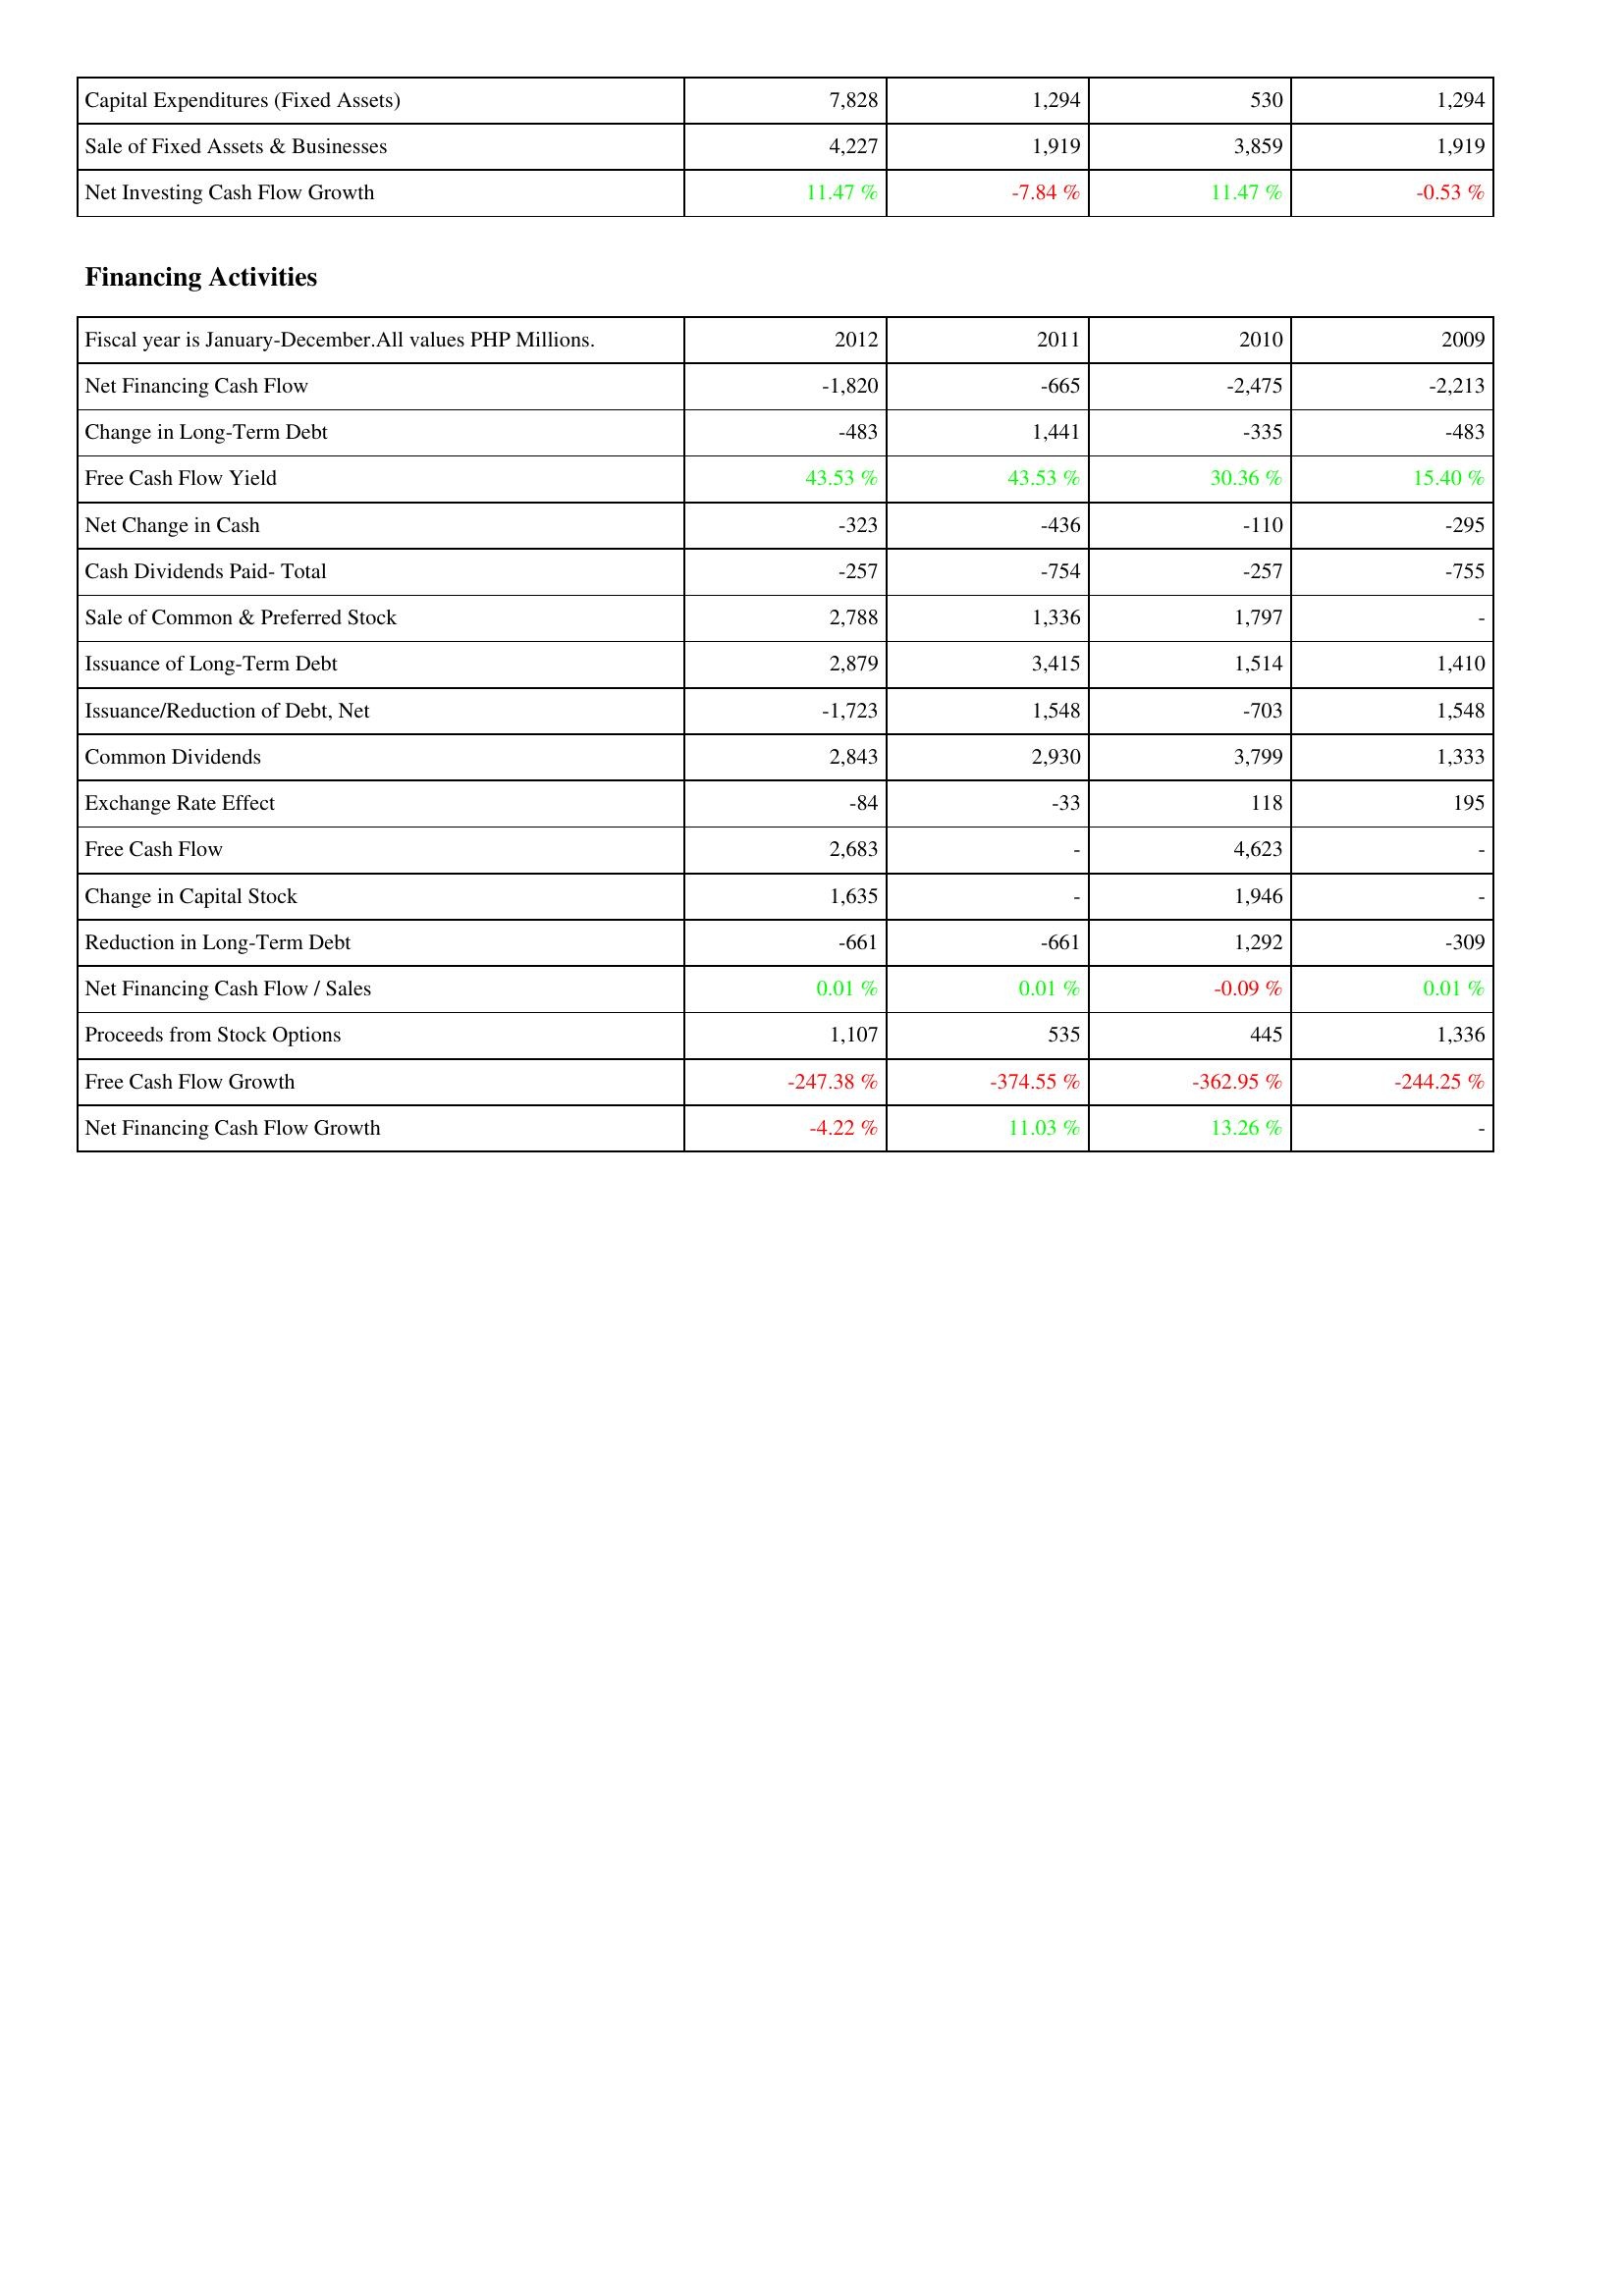
2012: Investing Activities: Capital Expenditures (Fixed Assets): 7,828
Sale of Fixed Assets & Businesses: 4,227
Net Investing Cash Flow Growth: 11.47 %
Financing Activities: Net Financing Cash Flow: -1,820
Change in Long-Term Debt: -483
Free Cash Flow Yield: 43.53 %
Net Change in Cash: -323
Cash Dividends Paid- Total: -257
Sale of Common & Preferred Stock: 2,788
Issuance of Long-Term Debt: 2,879
Issuance/Reduction of Debt, Net: -1,723
Common Dividends: 2,843
Exchange Rate Effect: -84
Free Cash Flow: 2,683
Change in Capital Stock: 1,635
Reduction in Long-Term Debt: -661
Net Financing Cash Flow / Sales: 0.01 %
Proceeds from Stock Options: 1,107
Free Cash Flow Growth: -247.38 %
Net Financing Cash Flow Growth: -4.22 %
2011: Investing Activities: Capital Expenditures (Fixed Assets): 1,294
Sale of Fixed Assets & Businesses: 1,919
Net Investing Cash Flow Growth: -7.84 %
Financing Activities: Net Financing Cash Flow: -665
Change in Long-Term Debt: 1,441
Free Cash Flow Yield: 43.53 %
Net Change in Cash: -436
Cash Dividends Paid- Total: -754
Sale of Common & Preferred Stock: 1,336
Issuance of Long-Term Debt: 3,415
Issuance/Reduction of Debt, Net: 1,548
Common Dividends: 2,930
Exchange Rate Effect: -33
Free Cash Flow: -
Change in Capital Stock: -
Reduction in Long-Term Debt: -661
Net Financing Cash Flow / Sales: 0.01 %
Proceeds from Stock Options: 535
Free Cash Flow Growth: -374.55 %
Net Financing Cash Flow Growth: 11.03 %
2010: Investing Activities: Capital Expenditures (Fixed Assets): 530
Sale of Fixed Assets & Businesses: 3,859
Net Investing Cash Flow Growth: 11.47 %
Financing Activities: Net Financing Cash Flow: -2,475
Change in Long-Term Debt: -335
Free Cash Flow Yield: 30.36 %
Net Change in Cash: -110
Cash Dividends Paid- Total: -257
Sale of Common & Preferred Stock: 1,797
Issuance of Long-Term Debt: 1,514
Issuance/Reduction of Debt, Net: -703
Common Dividends: 3,799
Exchange Rate Effect: 118
Free Cash Flow: 4,623
Change in Capital Stock: 1,946
Reduction in Long-Term Debt: 1,292
Net Financing Cash Flow / Sales: -0.09 %
Proceeds from Stock Options: 445
Free Cash Flow Growth: -362.95 %
Net Financing Cash Flow Growth: 13.26 %
2009: Investing Activities: Capital Expenditures (Fixed Assets): 1,294
Sale of Fixed Assets & Businesses: 1,919
Net Investing Cash Flow Growth: -0.53 %
Financing Activities: Net Financing Cash Flow: -2,213
Change in Long-Term Debt: -483
Free Cash Flow Yield: 15.40 %
Net Change in Cash: -295
Cash Dividends Paid- Total: -755
Sale of Common & Preferred Stock: -
Issuance of Long-Term Debt: 1,410
Issuance/Reduction of Debt, Net: 1,548
Common Dividends: 1,333
Exchange Rate Effect: 195
Free Cash Flow: -
Change in Capital Stock: -
Reduction in Long-Term Debt: -309
Net Financing Cash Flow / Sales: 0.01 %
Proceeds from Stock Options: 1,336
Free Cash Flow Growth: -244.25 %
Net Financing Cash Flow Growth: -